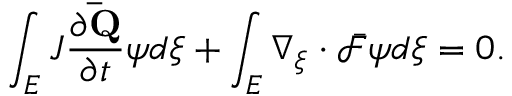
\int _ { E } J \frac { \partial \mathbf { \bar { Q } } } { \partial t } \psi d \xi + \int _ { E } \nabla _ { \xi } \cdot \bar { \mathcal { F } } \psi d \xi = 0 .